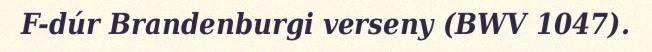
F-dúr Brandenburgi verseny (BWV 1047).